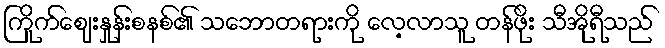
ကြိုက်ဈေးနှုန်းစနစ်၏ သဘောတရားကို လေ့လာသူ တန်ဖိုး သီအိုရီသည်